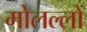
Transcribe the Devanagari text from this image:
मोलल्लों